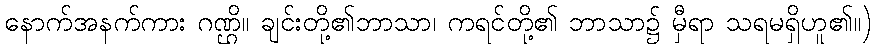
နောက်အနက်ကား ဂဏ္ဌိ။ ချင်းတို့၏ဘာသာ၊ ကရင်တို့၏ ဘာသာ၌ မှီရာ သရမရှိဟူ၏။)